NAE_ERA_R-2362_Emakeele_Selts, lk 50
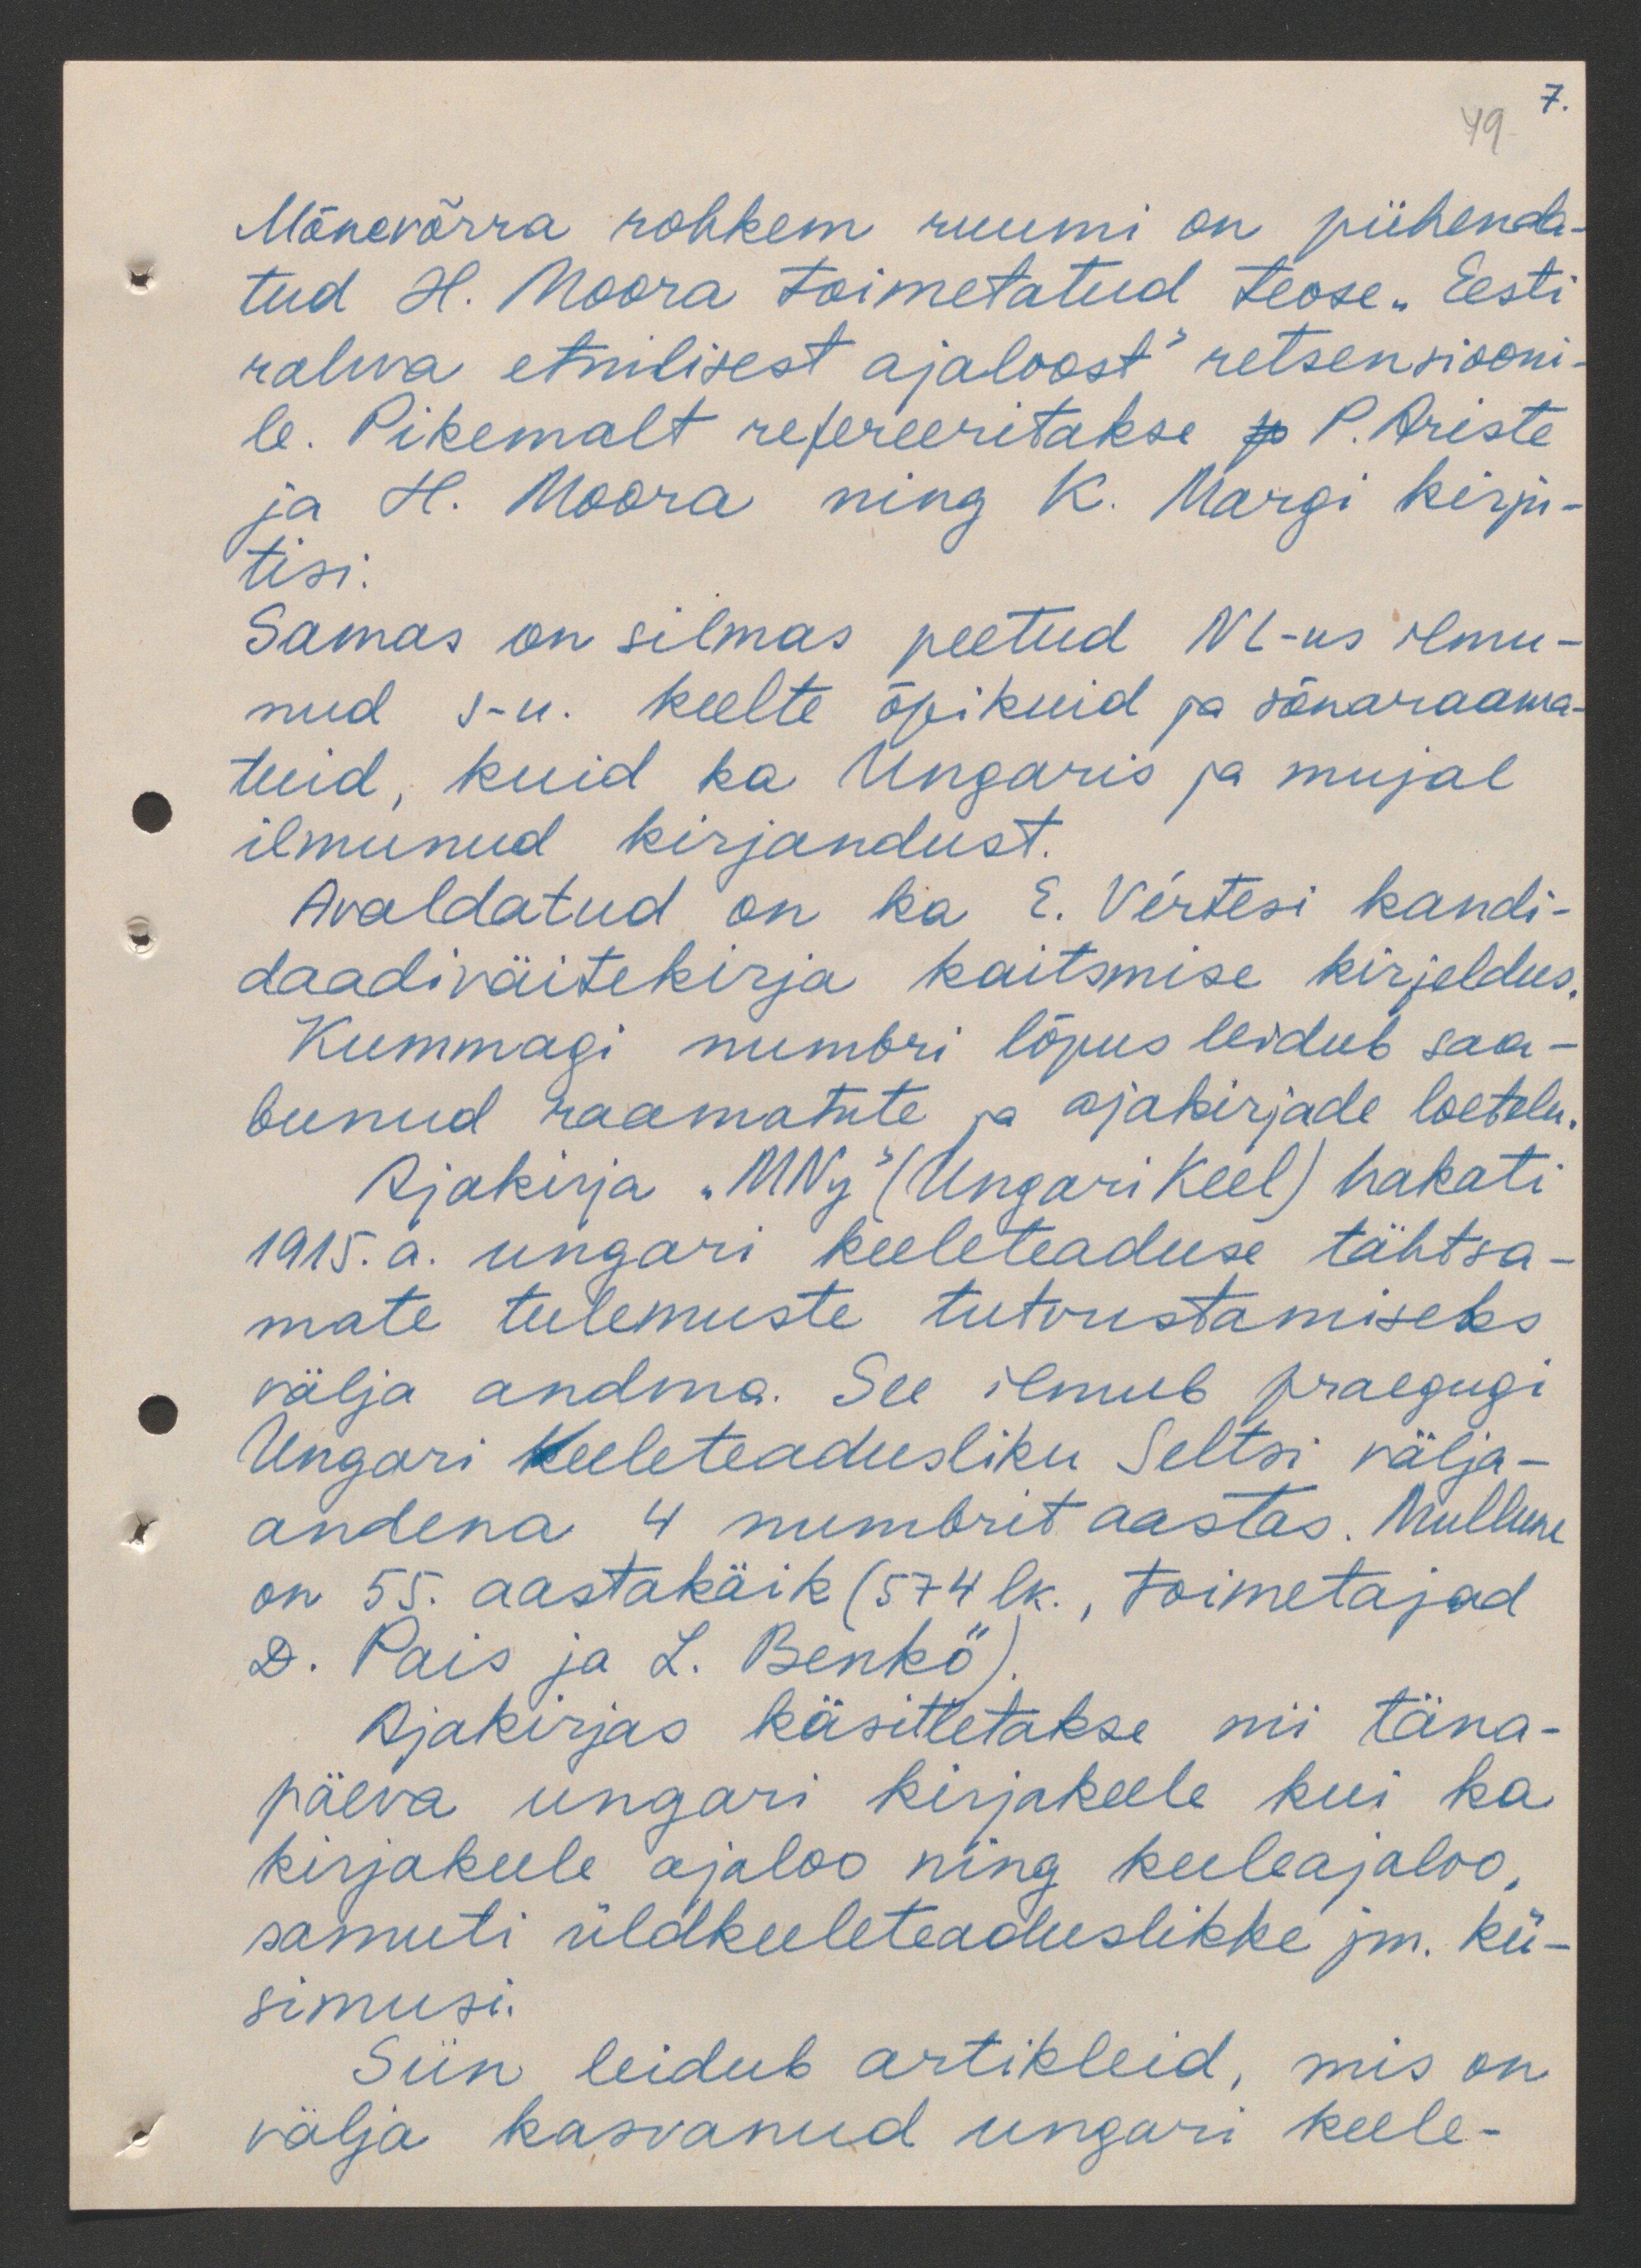
49
7.

Mõnevõrra rohkem ruumi on pühenda-
tud H. Moora toimetatud teose. Eesti
rahva etnilisest ajaloost" retsensiooni-
le. Pikemalt refereeritakse P. Ariste
ja H. Moora ning K. Margi kirju-
tisi.
Samas on silmas peetud NL-us ilmu-
nud s-u. keelte õpikuid ja sõnaraama-
tuid, kuid ka Ungaris ja mujal
ilmunud kirjandust.
Avaldatud on ka E. Vertesi kandi-
daadiväitekirja kaitsmise kirjeldus.
Kummagi numbri lõpus leidub saa-
bunud raamatute ja ajakirjade loetelu.
Rjakirja "МNу" (Ungari Keel) hakati
1915. a. ungari keeleteaduse tähtsa-
mate tulemuste tutvustamiseks
välja andma. See ilmub praegugi
Ungari Keeleteadusliku Seltsi välja-
andena 4 numbrit aastas. Mullune
on 55. aastakäik (574 lk., toimetajad
D. Pais ja L. Benkö).
Ajakirjas käsitletakse nii täna-
päeva ungari kirjakeele kui ka
kirjakeele ajaloo ning keeleajaloo,
samuti üldkeeleteaduslikke jm. kü-
simusi.
Siin leidub artikleid, mis on
välja kasvanud ungari keele-